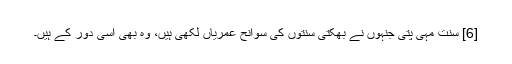
[6] سنت مہی پتی جنہوں نے بھکتی سنتوں کی سوانح عمریاں لکھی ہیں، وہ بھی اسی دور کے ہیں۔